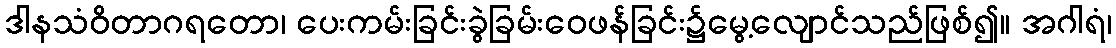
ဒါနသံဝိတာဂရတော၊ ပေးကမ်းခြင်းခွဲခြမ်းဝေဖန်ခြင်း၌မွေ့လျောင်သည်ဖြစ်၍။ အဂါရံ၊